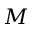
M